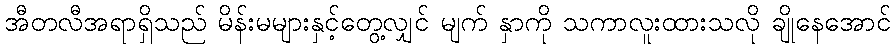
အီတလီအရာရှိသည် မိန်းမများနှင့်တွေ့လျှင် မျက် နှာကို သကာလူးထားသလို ချိုနေအောင်